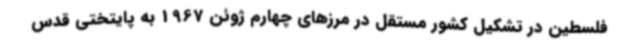
فلسطین در تشکیل کشور مستقل در مرزهای چهارم ژوئن 1967 به پایتختی قدس